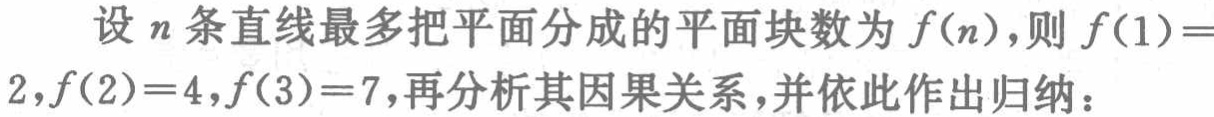
设 \(n\) 条直线最多把平面分成的平面块数为 \(f(n)\)，则 \(f(1)=2,f(2)=4,f(3)=7\)，再分析其因果关系，并依此作出归纳：